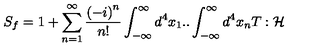
S _ { f } = 1 + \sum _ { n = 1 } ^ { \infty } \frac { \left( - i \right) ^ { n } } { n ! } \int _ { - \infty } ^ { \infty } d ^ { 4 } x _ { 1 } . . \int _ { - \infty } ^ { \infty } d ^ { 4 } x _ { n } T : \mathcal { H }